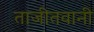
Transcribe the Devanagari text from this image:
ताजीतवानी